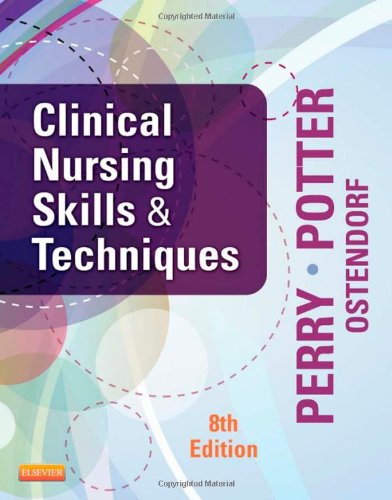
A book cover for Clinical Nursing Skills and Techniques, 8th Edition; Anne Griffin Perry; Medical Books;